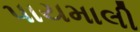
પાયમાલી